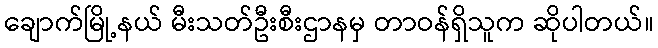
ချောက်မြို့နယ် မီးသတ်ဦးစီးဌာနမှ တာဝန်ရှိသူက ဆိုပါတယ်။